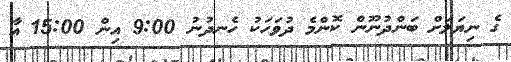
ގެ ނިޔަލަށް ބަންދުނޫން ކޮންމެ ދުވަހަކު ހެނދުނު 9:00 އިން 15:00 އާ